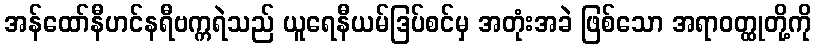
အန်ထော်နီဟင်နရီဗက္ကရဲသည် ယူရေနီယမ်ဒြပ်စင်မှ အတုံးအခဲ ဖြစ်သော အရာဝတ္ထုတို့ကို